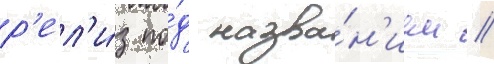
р'ел'и́з по́д назва́н'ием //